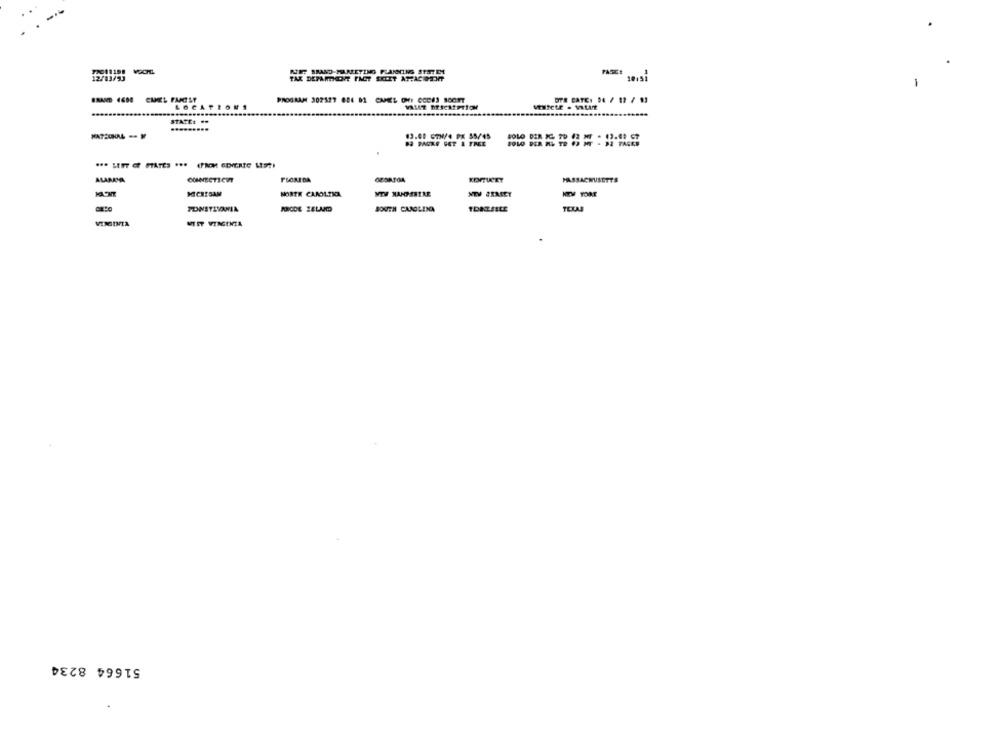
TAK DEPAMENT FACT SKIET ATACHSONT
PROGRAM 302327 654 81 CMEL ONY GOCHI BOOT7
OTR CATE: 04 / 12 / 93
LOCATIONS
STATE. ..
63.00 GTX/4 PE 55/45
ALABAMA
MASSACHUSETTS
MICKESAM
NORTH CAROLINA
PONSTIVAMIA
SOUTH CAROLINA
TEXAS
VIRGINIA
MT ET VIRGINIA
51664 8234